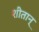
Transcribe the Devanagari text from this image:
शीतान्